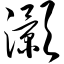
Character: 灏